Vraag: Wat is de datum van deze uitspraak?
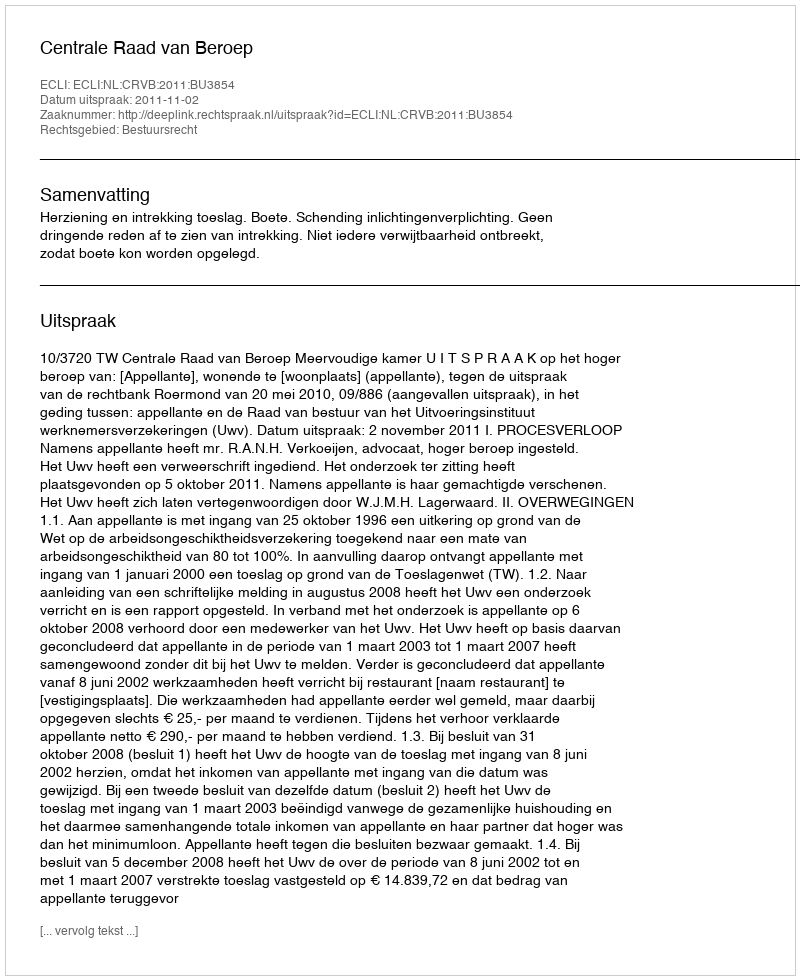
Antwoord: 2011-11-02